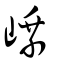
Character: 嵊